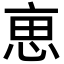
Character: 𠅤